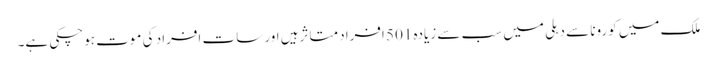
ملک میں کورونا سے دہلی میں سب سے زیادہ 501 افراد متاثرہیں اور سات افراد کی موت ہوچکی ہے۔